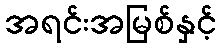
အရင်းအမြစ်နှင့်